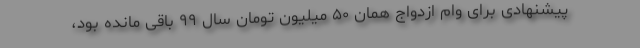
پیشنهادی برای وام ازدواج همان ۵۰ میلیون تومان سال ۹۹ باقی مانده بود،